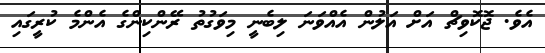
އެވެ. ޖޮކޮވިޗް އަށް އަލުން އެއްވަނަ ލިބެނީ މިވަގުތު ރޭންކިންގެ އެންމެ ކުރީގައި